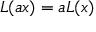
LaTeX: L ( a x ) = a L ( x )